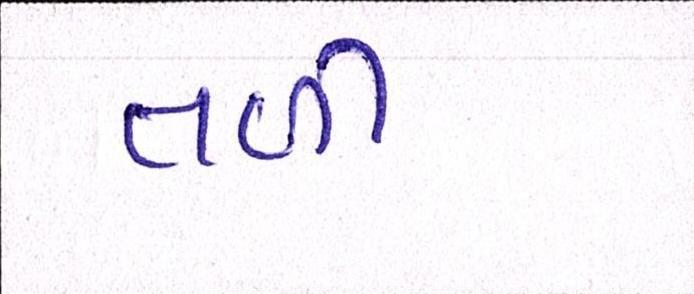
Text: તળી